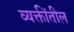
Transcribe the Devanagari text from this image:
व्यक्तींतील